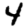
Digit: 4